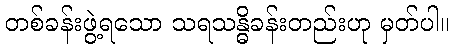
တစ်ခန်းဖွဲ့ရသော သရသန္ဓိခန်းတည်းဟု မှတ်ပါ။